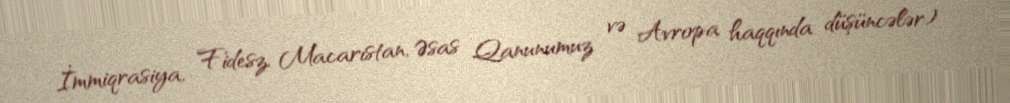
İmmiqrasiya, Fidesz, Macarıstan, Əsas Qanunumuz və Avropa haqqında düşüncələr)